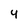
Character: 4